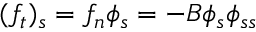
( f _ { t } ) _ { s } = f _ { n } \phi _ { s } = - B \phi _ { s } \phi _ { s s }